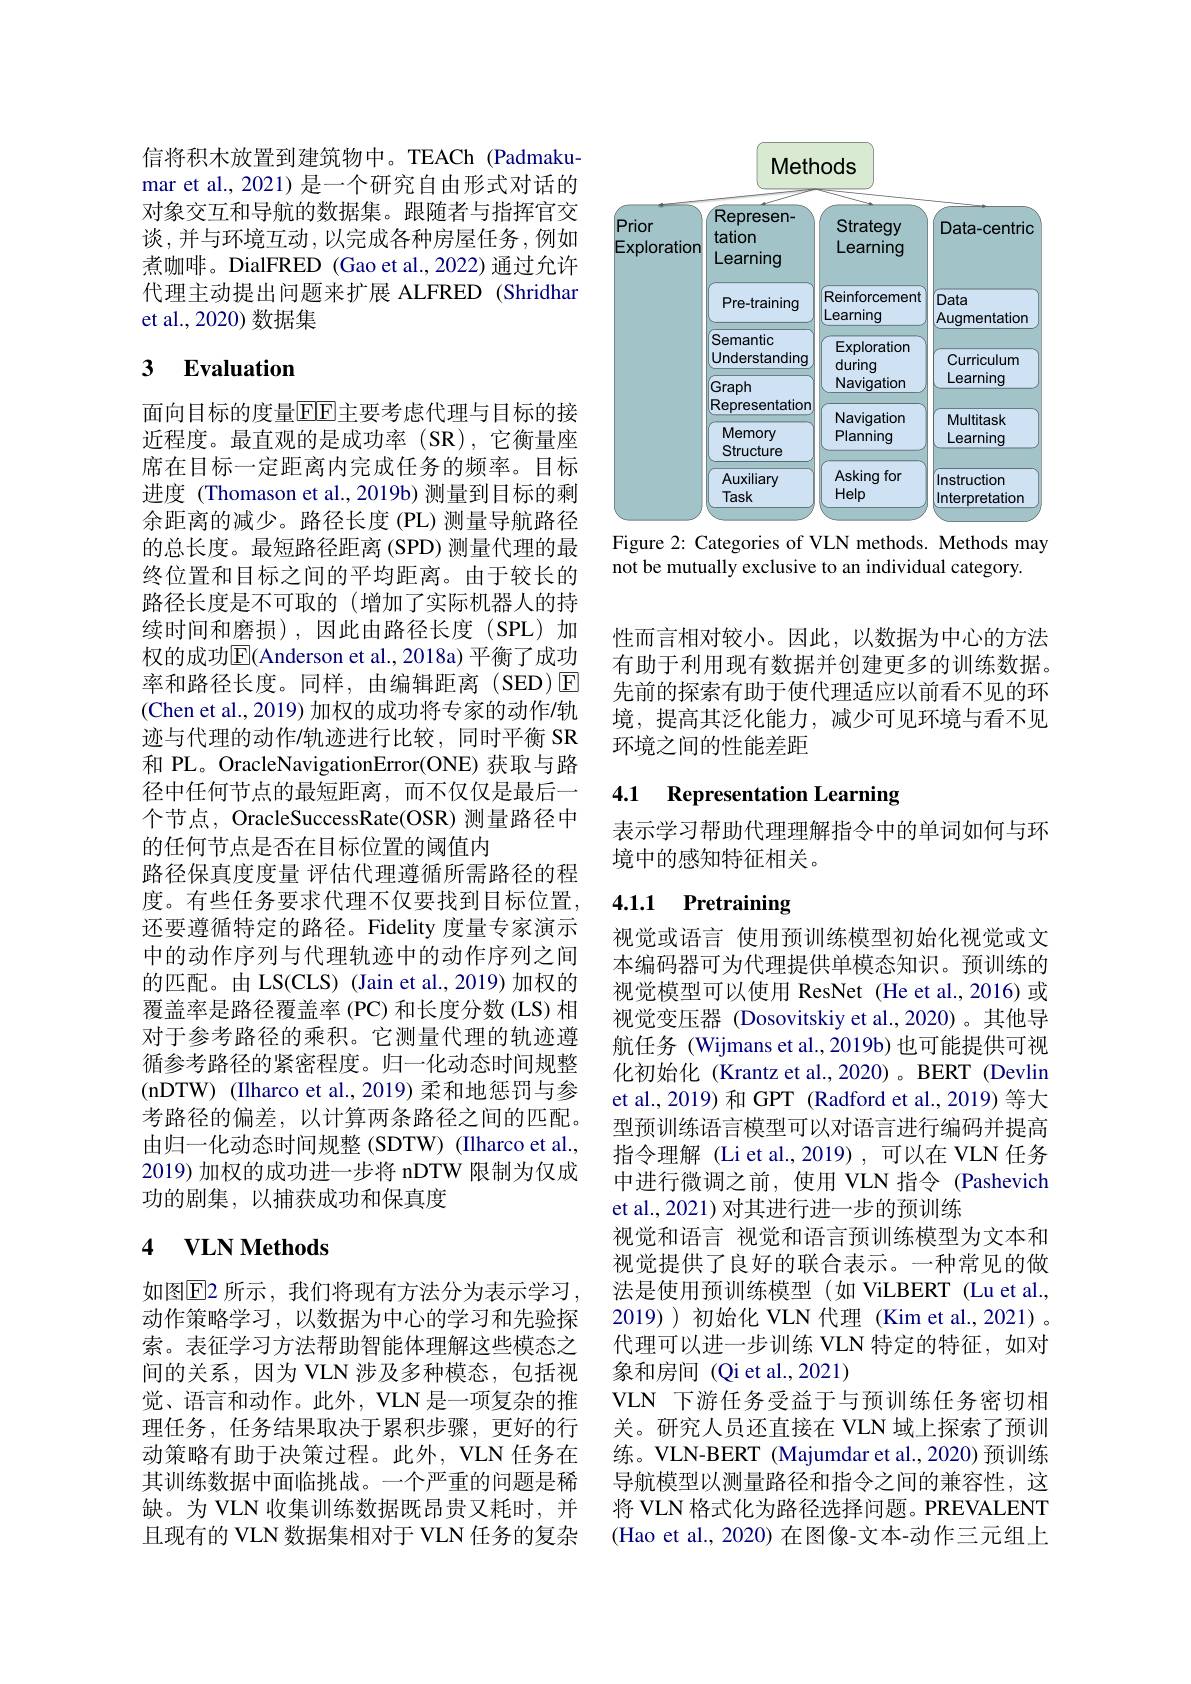
信将积木放置到建筑物中。TEACh (Padmakumar et al., 2021)是一个研究自由形式对话的对象交互和导航的数据集。跟随者与指挥官交谈，并与环境互动，以完成各种房屋任务，例如煮咖啡。DialFRED (Gao et al.,2022) 通过允许代理主动提出问题来扩展 ALFRED (Shridhar et al., 2020) 数据集

# 3 $\textbf{Evaluation}$

面向目标的度量$\overline{\mathrm{EF}}$主要考虑代理与目标的接近程度。最直观的是成功率(SR),它衡量座席在目标一定距离内完成任务的频率。目标进度 (Thomason et al.,2019b) 测量到目标的剩余距离的减少。路径长度(PL)测量导航路径的总长度。最短路径距离(SPD) 测量代理的最终位置和目标之间的平均距离。由于较长的路径长度是不可取的(增加了实际机器人的持续时间和磨损),因此由路径长度(SPL)加权的成功$\overline{\mathrm{E}}($Anderson et al.,2018a) 平衡了成功率和路径长度。同样，由编辑距离(SED)☑ (Chen et al., 2019) 加权的成功将专家的动作/轨迹与代理的动作/轨迹进行比较，同时平衡 SR 和 PL。OracleNavigationError(ONE) 获取与路径中任何节点的最短距离，而不仅仅是最后一个节点，OracleSuccessRate(OSR) 测量路径中的任何节点是否在目标位置的阈值内
路径保真度度量 评估代理遵循所需路径的程度。有些任务要求代理不仅要找到目标位置， 还要遵循特定的路径。Fidelity 度量专家演示中的动作序列与代理轨迹中的动作序列之间的匹配。由 LS(CLS) (Jain et al., 2019) 加权的覆盖率是路径覆盖率 (PC) 和长度分数 (LS) 相对于参考路径的乘积。它测量代理的轨迹遵循参考路径的紧密程度。归一化动态时间规整(nDTW) (Ilharco et al., 2019) 柔和地惩罚与参考路径的偏差，以计算两条路径之间的匹配。由归一化动态时间规整 (SDTW) (Ilharco et al., 2019)加权的成功进一步将 nDTW 限制为仅成功的剧集，以捕获成功和保真度

## 4 $\mathbf{VLNMethods}$

如图E2 所示，我们将现有方法分为表示学习动作策略学习，以数据为中心的学习和先验探索。表征学习方法帮助智能体理解这些模态之间的关系，因为 VLN 涉及多种模态，包括视觉、语言和动作。此外，VLN 是一项复杂的推理任务，任务结果取决于累积步骤，更好的行动策略有助于决策过程。此外，VLN 任务在其训练数据中面临挑战。一个严重的问题是稀缺。为 VLN 收集训练数据既昂贵又耗时，并且现有的 VLN 数据集相对于 VLN 任务的复杂

<FigureHere>
Figure 2: Categories of VLN methods. Methods may

not be mutually exclusive to an individual category.

性而言相对较小。因此，以数据为中心的方法有助于利用现有数据并创建更多的训练数据。先前的探索有助于使代理适应以前看不见的环境，提高其泛化能力，减少可见环境与看不见环境之间的性能差距

### 4.1 Representation Learning

表示学习帮助代理理解指令中的单词如何与环
境中的感知特征相关。

# 4.1.1 Pretraining

视觉或语言 使用预训练模型初始化视觉或文本编码器可为代理提供单模态知识。预训练的视觉模型可以使用 ResNet (He et al., 2016) 或视觉变压器 (Dosovitskiy et al.,2020)。其他导航任务 (Wijmans et al., 2019b) 也可能提供可视化初始化 (Krantz et al., 2020)。BERT (Devlin et al., 2019) 和 GPT (Radford et al., 2019) 等大型预训练语言模型可以对语言进行编码并提高指令理解(Liet al.,2019),可以在 VLN 任务中进行微调之前，使用 VLN 指令 (Pashevich et al., 2021) 对其进行进一步的预训练
视觉和语言 视觉和语言预训练模型为文本和视觉提供了良好的联合表示。一种常见的做法是使用预训练模型(如 ViLBERT (Lu et al. 2019) 初始化 VLN 代理 (Kim et al.,2021) 。代理可以进一步训练 VLN 特定的特征，如对象和房间(Qi et al., 2021)
VLN 下游任务受益于与预训练任务密切相关。研究人员还直接在 VLN 域上探索了预训练。VLN-BERT (Majumdar et al.,2020)预训练导航模型以测量路径和指令之间的兼容性，这将 VLN 格式化为路径选择问题。PREVALENT (Hao et al., 2020) 在图像-文本-动作三元组上